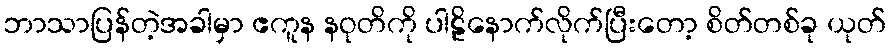
ဘာသာပြန်တဲ့အခါမှာ ဧကူန နဝုတိကို ပါဠိနောက်လိုက်ပြီးတော့ စိတ်တစ်ခု ယုတ်